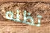
تظنه